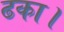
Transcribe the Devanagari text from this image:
ढका।